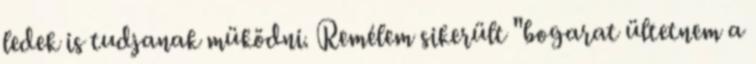
ledek is tudjanak müködni. Remélem sikerült "bogarat ültetnem a